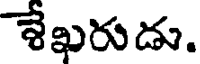
శేఖరుడు.